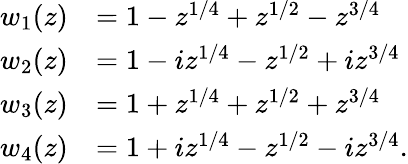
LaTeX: \begin{array}{rl}{w_{1}(z)}&{=1-z^{1/4}+z^{1/2}-z^{3/4}}\\ {w_{2}(z)}&{=1-iz^{1/4}-z^{1/2}+iz^{3/4}}\\ {w_{3}(z)}&{=1+z^{1/4}+z^{1/2}+z^{3/4}}\\ {w_{4}(z)}&{=1+iz^{1/4}-z^{1/2}-iz^{3/4}.}\end{array}